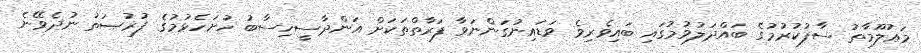
މަޢުލޫމާތު ސާފުކުރުމުގެ ބައްދަލުވުމުގައި ބައިވެރިވެ ވަޑައިނުގަންނަވާ ފަރާތްތަކަށް އަންދާސީހިސާބު ހުށަހެޅުމުގެ ފުރުޞަތު ނުދެވޭނެ